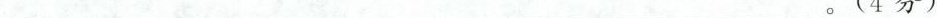
___。(4分)